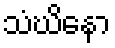
သံဃိနော